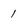
Character: 1